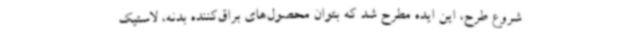
شروع طرح، این ایده مطرح شد که بتوان محصول‌های براق‌کننده بدنه، لاستیک